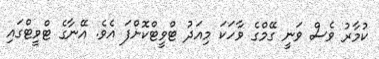
ކުމާރު ވެސް ވަނީ ގޭމްގެ ވާހަކަ މިއަދު ޓްވީޓްކޮށްފަ އެވެ. އޭނާގެ ޓްވީޓްގައި